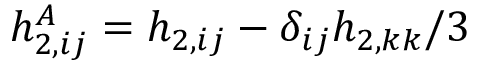
h _ { 2 , i j } ^ { A } = h _ { 2 , i j } - \delta _ { i j } h _ { 2 , k k } / 3